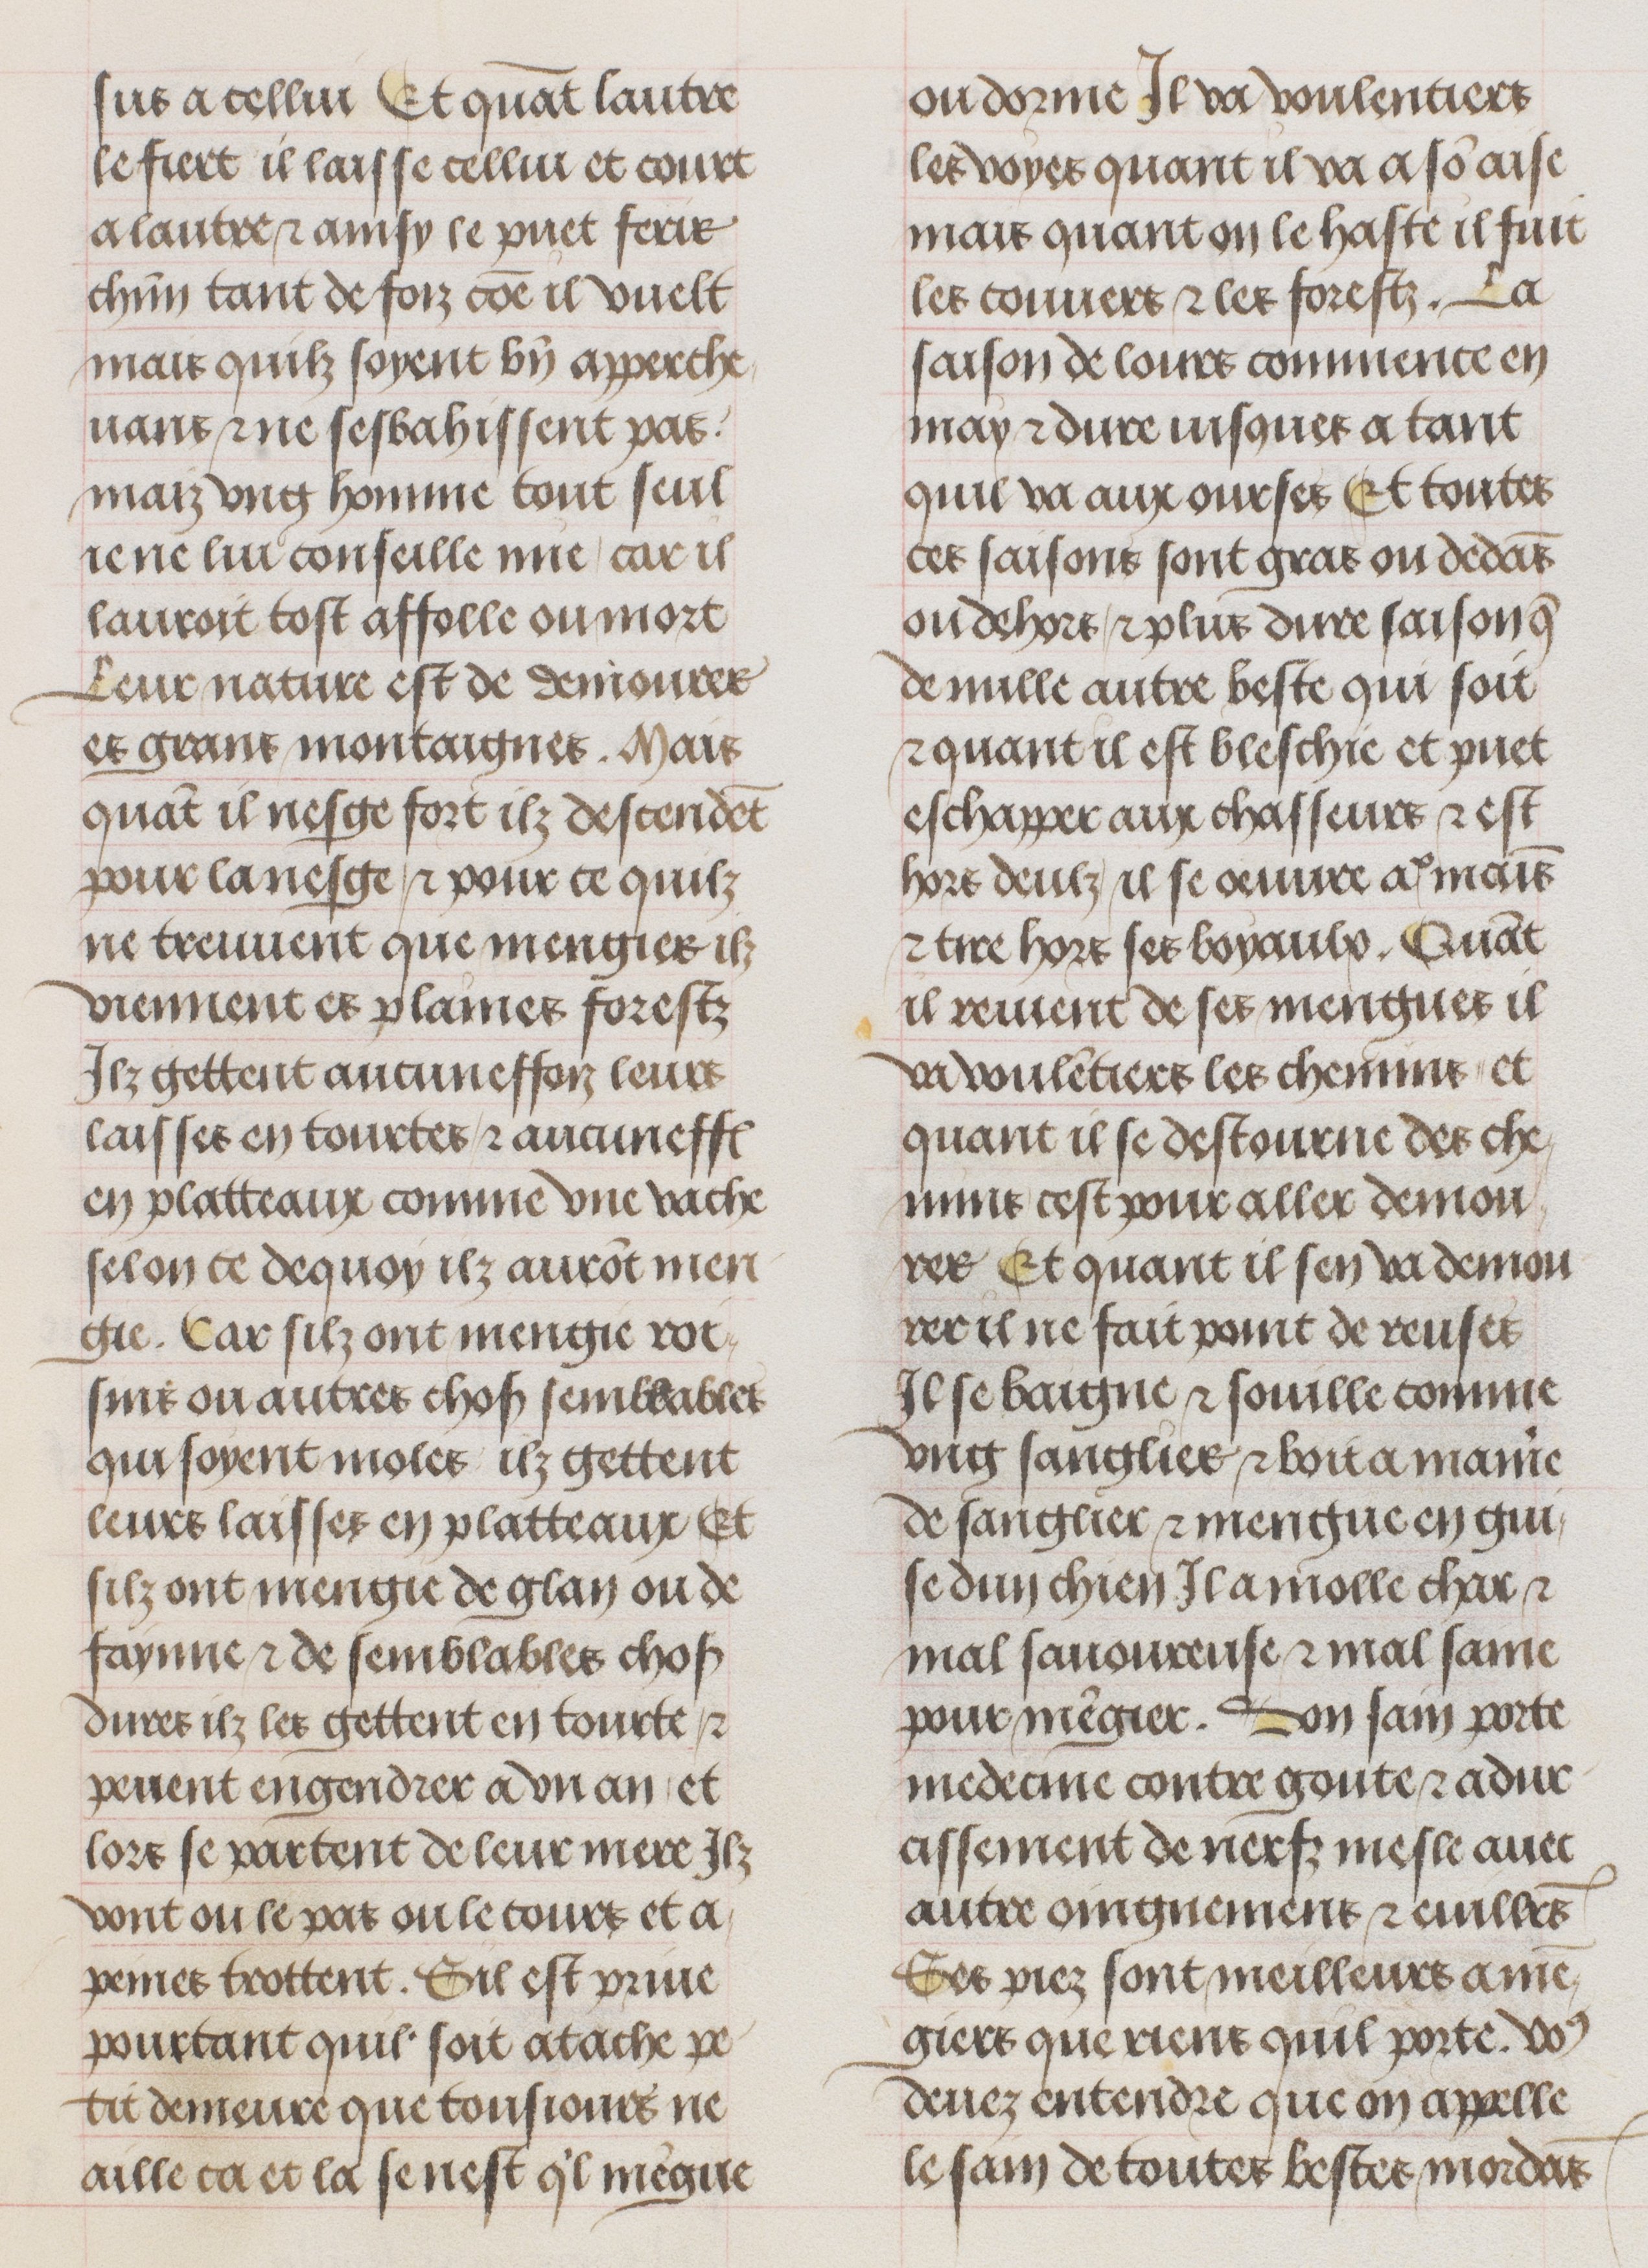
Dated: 1470–1500